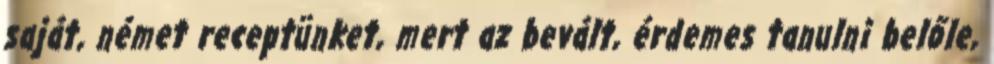
saját, német receptünket, mert az bevált, érdemes tanulni belőle,